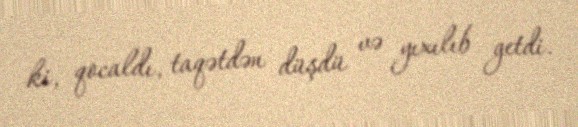
ki, qocaldı, taqətdən düşdü və yıxılıb getdi.